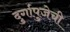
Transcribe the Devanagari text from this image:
दुर्गापुजेची